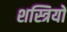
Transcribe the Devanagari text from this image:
शस्त्रियों